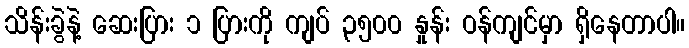
သိန်းခွဲနဲ့ ဆေးပြား ၁ ပြားကို ကျပ် ၃၅၀၀ နှုန်း ဝန်ကျင်မှာ ရှိနေတာပါ။